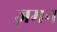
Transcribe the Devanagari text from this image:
ज़मन